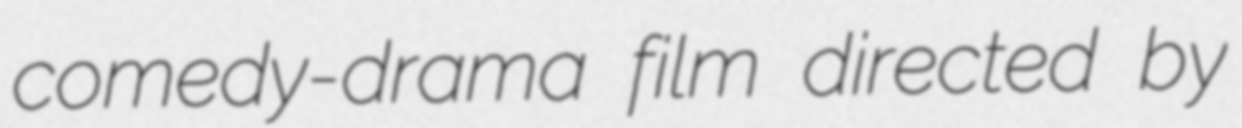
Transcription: comedy-drama film directed by